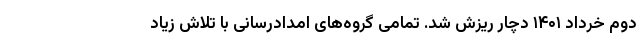
دوم خرداد ۱۴۰۱ دچار ریزش شد. تمامی گروه‌های امدادرسانی با تلاش زیاد